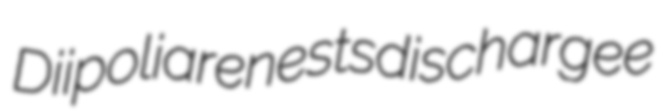
Diipolia renests dischargee